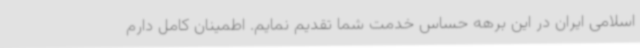
اسلامی ایران در این برهه حساس خدمت شما تقدیم نمایم. اطمینان کامل دارم